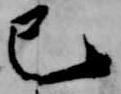
巳